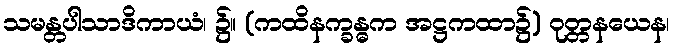
သမန္တပါသာဒိကာယံ၊ ၌။ (ကထိနက္ခန္ဓက အဋ္ဌကထာ၌) ဝုတ္တနယေန၊